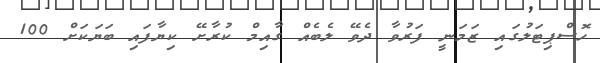
ހޮސްޕިޓަލުގައި ޒަމަނީ ފަރުވާ ދެވޭ ލެބެއް ގާއިމް ކުރާށޭ ކިޔާފައި ބަޔަކަށް 100